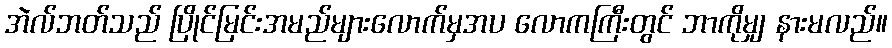
အဲလ်ဘတ်သည် ပြိုင်မြင်းအမည်များလောက်မှအပ လောကကြီးတွင် ဘာကိုမျှ နားမလည်။